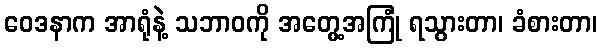
ဝေဒနာက အာရုံနဲ့ သဘာဝကို အတွေ့အကြုံ ရသွားတာ၊ ခံစားတာ၊